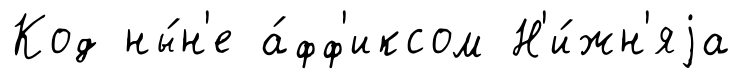
Код ны́н'е а́фф'иксом Н'и́жн'яjа